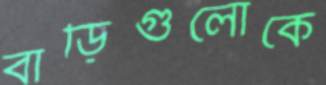
বাড়িগুলোকে